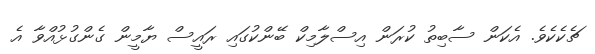
ޗެކެކެވެ. އެކަން ސާބިތު ކުރަން އިސްލާމިކް ބޭންކުގައި ރައީސް ޔާމީން ގެންގުޅުއްވާ އެ